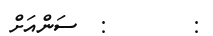
:       :  ސަންއަށް